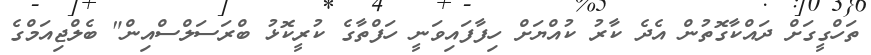
ތަހްގީގަށް ދައްކާގޮތުން އެދެ ކާރު ކުއްޔަށް ހިފާފައިވަނީ ހަފްތާގެ ކުރީކޮޅު ބްރަސަލްސްއިން" ބެލްޖިއަމްގެ